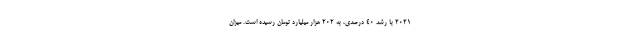
۲۰۲۱ با رشد ۴۰ درصدی، به ۲۰۲ هزار میلیارد تومان رسیده است. میزان